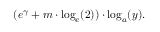
( e ^ { \gamma } + m \cdot \log _ { e } ( 2 ) ) \cdot \log _ { a } ( y ) .